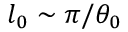
l _ { 0 } \sim \pi / \theta _ { 0 }